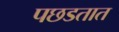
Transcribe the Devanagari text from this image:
पछडतात